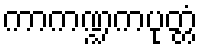
ကာကဏ္ဍကပုတ္တံ